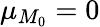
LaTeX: \mu_{M_{0}}=0